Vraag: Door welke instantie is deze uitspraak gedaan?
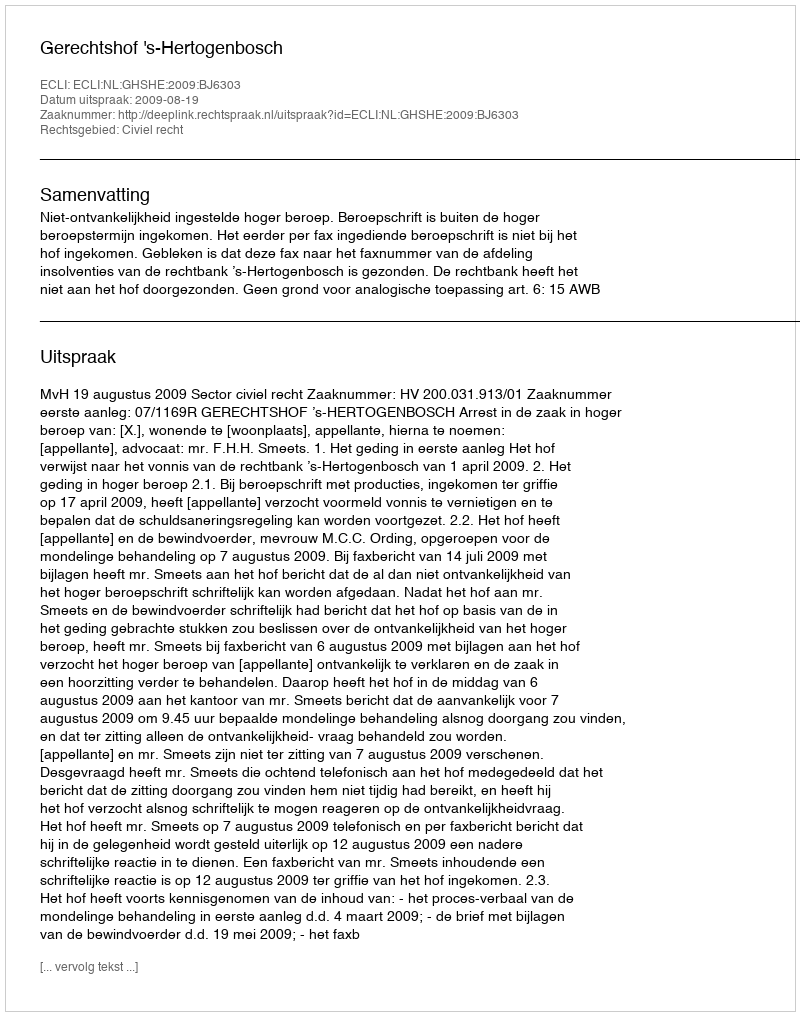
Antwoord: Gerechtshof 's-Hertogenbosch